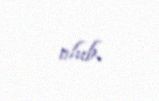
olub.